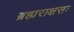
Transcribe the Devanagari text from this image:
ब्रह्मराक्षसः